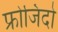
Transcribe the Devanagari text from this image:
फ्रोजिदो